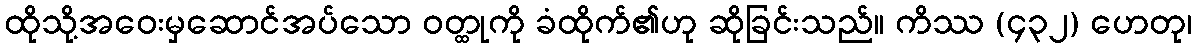
ထိုသို့အဝေးမှဆောင်အပ်သော ဝတ္ထုကို ခံထိုက်၏ဟု ဆိုခြင်းသည်။ ကိဿ (၄၃၂) ဟေတု၊